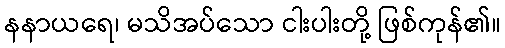
နနာယရေ၊ မသိအပ်သော ငါးပါးတို့ ဖြစ်ကုန်၏။